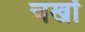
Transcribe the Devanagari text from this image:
चखों